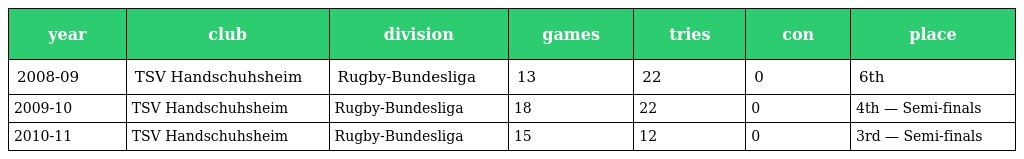
| year | club | division | games | tries | con | place |
 | --- | --- | --- | --- | --- | --- | --- |
 | 2008-09 | TSV Handschuhsheim | Rugby-Bundesliga | 13 | 22 | 0 | 6th |
 | 2009-10 | TSV Handschuhsheim | Rugby-Bundesliga | 18 | 22 | 0 | 4th — Semi-finals |
 | 2010-11 | TSV Handschuhsheim | Rugby-Bundesliga | 15 | 12 | 0 | 3rd — Semi-finals |